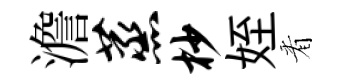
澹蒸杪姪㸔